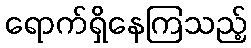
ရောက်ရှိနေကြသည့်